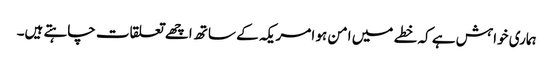
ہماری خواہش ہے کہ خطے میں امن ہو امریکہ کے ساتھ اچھے تعلقات چاہتے ہیں۔